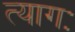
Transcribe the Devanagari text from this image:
त्यागः